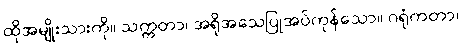
ထိုအမျိုးသားကို။ သက္ကတာ၊ အရိုအသေပြုအပ်ကုန်သော။ ဂရုံကတာ၊